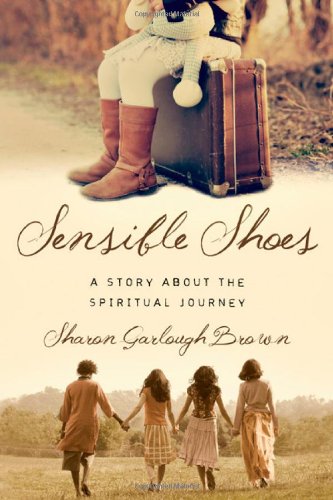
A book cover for Sensible Shoes: A Story about the Spiritual Journey; Sharon Garlough Brown; Literature & Fiction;